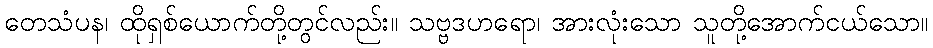
တေသံပန၊ ထိုရှစ်ယောက်တို့တွင်လည်း။ သဗ္ဗဒဟရော၊ အားလုံးသော သူတို့အောက်ငယ်သော။